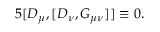
5 [ D _ { \mu } , [ D _ { \nu } , G _ { \mu \nu } ] ] \equiv 0 .